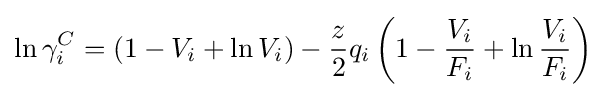
\ln \gamma _{i}^{C}=(1-V_{i}+\ln V_{i})-{\frac {z}{2}}q_{i}\left(1-{\frac {V_{i}}{F_{i}}}+\ln {\frac {V_{i}}{F_{i}}}\right)